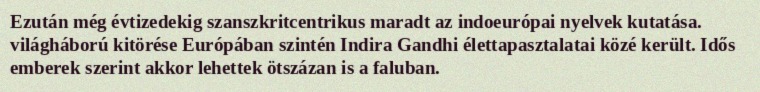
Ezután még évtizedekig szanszkritcentrikus maradt az indoeurópai nyelvek kutatása. világháború kitörése Európában szintén Indira Gandhi élettapasztalatai közé került. Idős emberek szerint akkor lehettek ötszázan is a faluban.